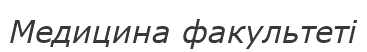
Медицина факультеті